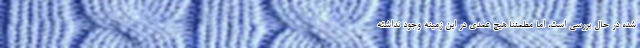
شده در حال بررسی است، اما مطمئنا هیچ عمدی در این زمینه وجود نداشته